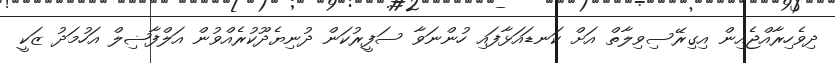
ދިވެހިރާއްޖެއިން އިގިރޭސިވިލާތް އަށް ކަނޑައަޅާފައި ހުންނަވާ ސަފީރުކަން ދުނިޔެދޫކުރެއްވުން އަލްފާޟިލް އަހުމަދު ޒަކީ